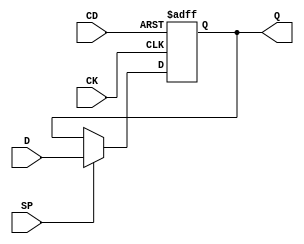
module FD1P3DX(input D, CK, SP, CD, output reg Q);
	parameter GSR = "DISABLED";
	initial Q = 1'b0;
	always @(posedge CK or posedge CD)
		if (CD)
			Q <= 1'b0;
		else if (SP)
			Q <= D;
	specify
		$setup(D, posedge CK, 0);
		$setup(SP, posedge CK, 212);
		$setup(CD, posedge CK, 224);
`ifndef YOSYS
		if (CD) (posedge CLK => (Q : 0)) = 0;
`else
		if (CD) (CD => Q) = 0; 	// Technically, this should be an edge sensitive path
								// but for facilitating a bypass box, let's pretend it's
								// a simple path
`endif
		if (!CD && SP) (posedge CK => (Q : D)) = 336;
	endspecify
endmodule